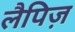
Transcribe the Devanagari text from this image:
लैपिज़